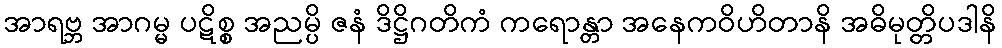
အာရဗ္ဘ အာဂမ္မ ပဋိစ္စ အညမ္ပိ ဇနံ ဒိဋ္ဌိဂတိကံ ကရောန္တာ အနေကဝိဟိတာနိ အဓိမုတ္တိပဒါနိ